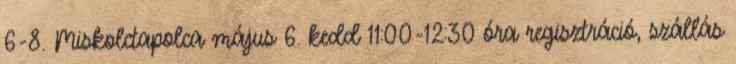
6-8. Miskolctapolca május 6. kedd 11:00-12:30 óra regisztráció, szállás